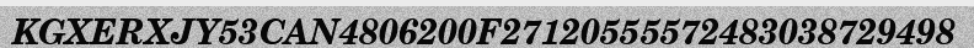
KGXERXJY53CAN4806200F27120555572483038729498